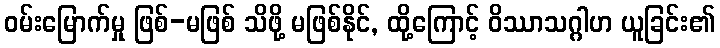
ဝမ်းမြောက်မှု ဖြစ်-မဖြစ် သိဖို့ မဖြစ်နိုင်, ထို့ကြောင့် ဝိဿာသဂ္ဂါဟ ယူခြင်း၏